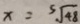
x = \sqrt [ 5 ] { 4 8 }